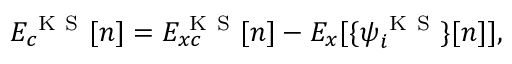
E _ { c } ^ { \mathrm { ~ K ~ S ~ } } [ n ] = E _ { x c } ^ { \mathrm { ~ K ~ S ~ } } [ n ] - E _ { x } [ \{ \psi _ { i } ^ { \mathrm { ~ K ~ S ~ } } \} [ n ] ] ,